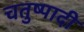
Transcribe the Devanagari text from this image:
चतुष्पादी